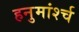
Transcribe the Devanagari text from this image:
हनुमांर्श्च